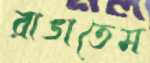
রাঙাতেম